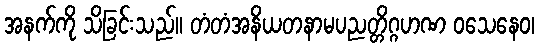
အနက်ကို သိခြင်းသည်။ တံတံအနိယတနာမပညတ္တိဂ္ဂဟဏ ဝသေနေဝ၊